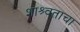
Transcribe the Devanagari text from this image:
शाश्र्वताचा